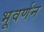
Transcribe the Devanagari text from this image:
भूवर्णन